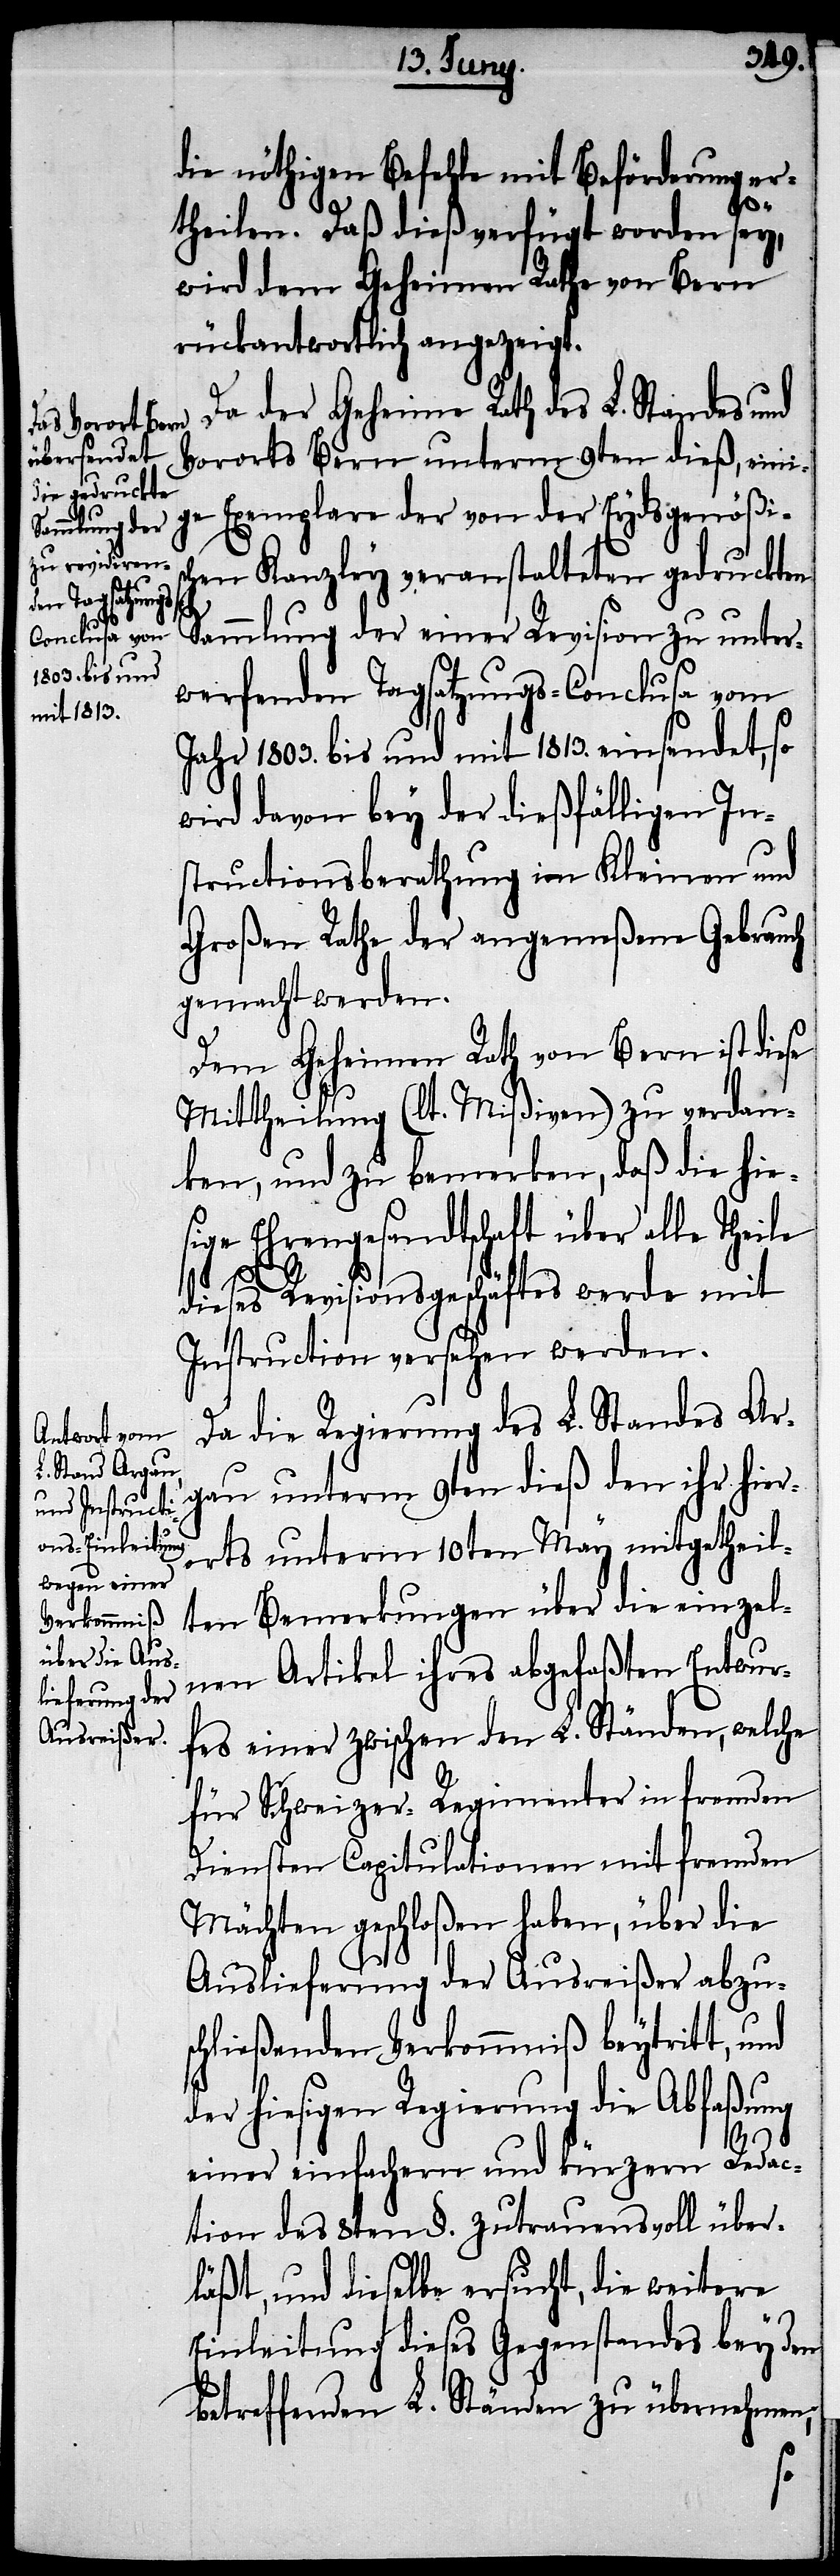
die nöthigen Befehle mit Beförderung er¬
theilen. Daß dieß verfügt worden sey,
wird dem Geheimen Rathe von Bern
rückantwortlich angezeigt.
Da der Geheime Rath des L. Standes und
Vorortes Bern unterm 9ten dieß, eini¬
ge Exemplare der von der Eydsgenößisc¬
hen Kanzley veranstalteten gedruckten
Sammlung der einer Revision zu unter¬
werfenden Tagsatzungs-Conclusa vom
Jahr 1803. bis und mit 1813. einsendet, so
wird davon bey der dießfälligen In¬
structionsberathung im Kleinen und
Großen Rathe der angemeßene Gebrauch
gemacht werden.
Dem Geheimen Rath von Bern ist diese
Mittheilung (lt. Mißiven) zu verdan¬
ken, und zu bemerken, daß die hie¬
sige Ehrengesandtschaft über alle Theile
dieses Revisionsgeschäftes werde mit
Instruction versehen werden.
Da die Regierung des L. Standes Ar¬
gau unterm 9ten dieß den ihr hier¬
orts unterm 10ten May mitgetheil¬
ten Bemerkungen über die einzel¬
nen Artikel ihres abgefaßten Entwur¬
fes einer zwischen den L. Ständen, welche
für Schweizer-Regimenter in fremden
Diensten Capitulationen mit fremden
Mächten geschloßen haben, über die
Auslieferung der Ausreißer abzus¬
chließenden Verkommniß beytritt, und
der hiesigen Regierung die Abfaßung
einer einfacheren und kürzern Redac¬
tion des 8ten §. zutrauensvoll über¬
läßt, und dieselbe ersucht, die weitere
Einleitung dieses Gegenstandes bey dem
betreffenden L. Ständen zu übernehmen;